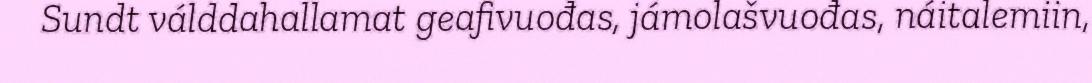
Sundt válddahallamat geafivuođas, jámolašvuođas, náitalemiin,